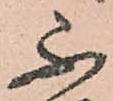
不